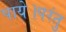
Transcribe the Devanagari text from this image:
पाये।परंतु